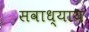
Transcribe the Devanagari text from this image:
सवाध्याय